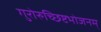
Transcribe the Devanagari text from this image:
गुरोरुच्छिष्टभोजनम्